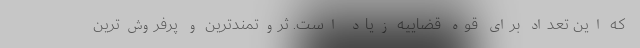
که این تعداد برای قوه قضاییه زیاد است. ثروتمندترین و پرفروش‌ترین